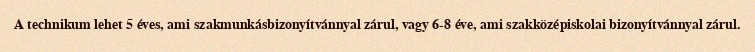
A technikum lehet 5 éves, ami szakmunkásbizonyítvánnyal zárul, vagy 6-8 éve, ami szakközépiskolai bizonyítvánnyal zárul.